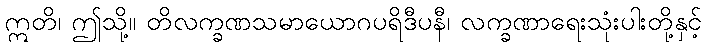
ဣတိ၊ ဤသို့။ တိလက္ခဏသမာယောဂပရိဒီပနီ၊ လက္ခဏာရေးသုံးပါးတို့နှင့်